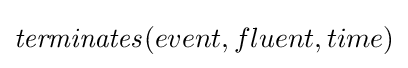
{\mathit {terminates}}(event,fluent,time)